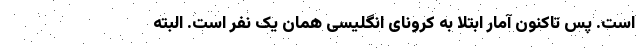
است. پس تاکنون آمار ابتلا به کرونای انگلیسی همان یک نفر است. البته